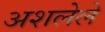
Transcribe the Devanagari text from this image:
अशलेले